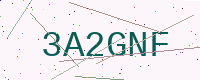
Text: 3A2GNF